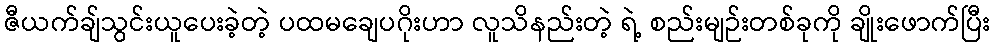
ဇီယက်ချ်သွင်းယူပေးခဲ့တဲ့ ပထမချေပဂိုးဟာ လူသိနည်းတဲ့ ရဲ့ စည်းမျဉ်းတစ်ခုကို ချိုးဖောက်ပြီး